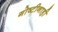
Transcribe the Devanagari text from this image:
गोष्टीनाही